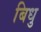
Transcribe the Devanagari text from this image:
बिधु